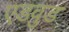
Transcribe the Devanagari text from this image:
एडवुड